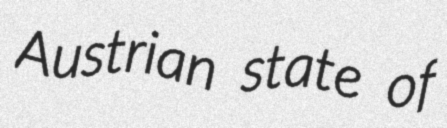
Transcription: Austrian state of